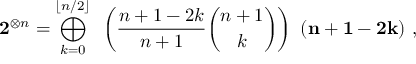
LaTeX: \mathbf { 2 } ^ { \otimes n } = \bigoplus _ { k = 0 } ^ { \lfloor n / 2 \rfloor } ~ \left( { \frac { n + 1 - 2 k } { n + 1 } } { \binom { n + 1 } { k } } \right) ~ ( \mathbf { n } + \mathbf { 1 } - \mathbf { 2 } \mathbf { k } ) ~ ,